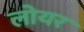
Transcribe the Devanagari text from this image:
लोयर